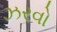
ઝરવો